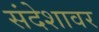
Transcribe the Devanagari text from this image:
संदेशावर